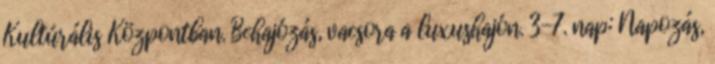
Kultúrális Központban. Behajózás, vacsora a luxushajón. 3-7. nap: Napozás,